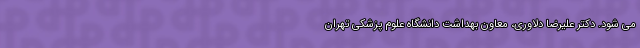
می شود. دکتر علیرضا دلاوری، معاون بهداشت دانشگاه علوم پزشکی تهران